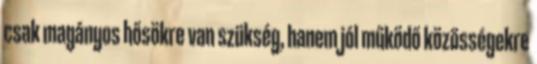
csak magányos hősökre van szükség, hanem jól működő közösségekre